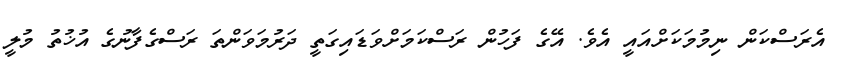
އެރަސްކަން ނިމުމަކަށްއައީ އެވެ. އޭގެ ފަހުން ރަސްކަމަށްވަޑައިގަތީ ދަރުމަވަންތަ ރަސްގެފާނުގެ އުޚުތު މުލީ